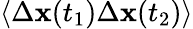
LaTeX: \left\langle\Delta\boldsymbol{\mathbf{x}}(t_{1})\Delta\boldsymbol{\mathbf{x}}(t_{2})\right\rangle